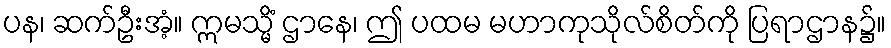
ပန၊ ဆက်ဦးအံ့။ ဣမသ္မိံ ဌာနေ၊ ဤ ပထမ မဟာကုသိုလ်စိတ်ကို ပြရာဌာန၌။